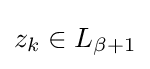
z_{k}\in L_{\beta +1}